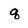
Character: q